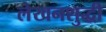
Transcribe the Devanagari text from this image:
लेखनशुद्धी